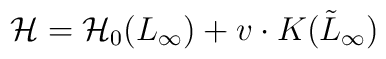
{\cal H}  =  {\cal H}_0(L_\infty) + v \cdot K(\tilde{L}_\infty)